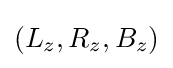
(L_{z},R_{z},B_{z})